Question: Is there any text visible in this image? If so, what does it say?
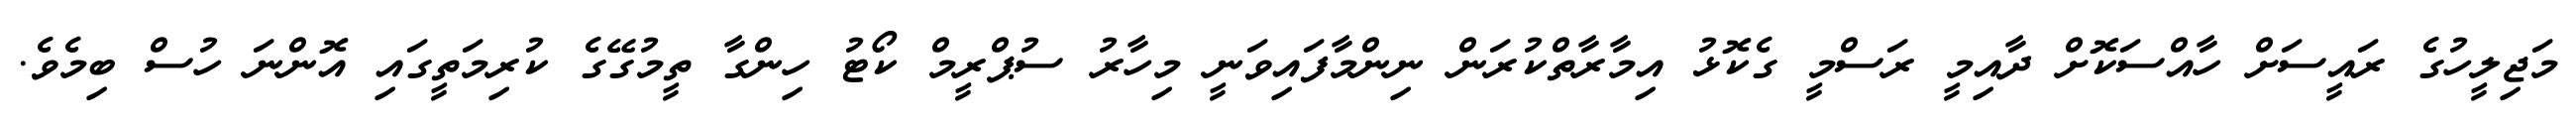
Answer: މަޖިލީހުގެ ރައީސަށް ހާއްސަކޮށް ދާއިމީ ރަސްމީ ގެކޮޅު އިމާރާތްކުރަން ނިންމާފައިވަނީ މިހާރު ސުޕްރީމް ކޯޓު ހިންގާ ތީމުގޭގެ ކުރިމަތީގައި އޮންނަ ހުސް ބިމެވެ.